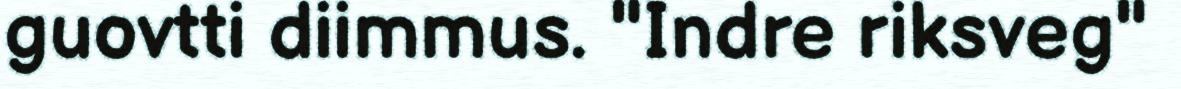
guovtti diimmus. "Indre riksveg"